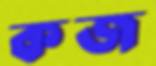
কজ